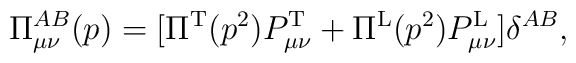
\Pi^{AB}_{\mu\nu}(p) =    [\Pi^{\rm T}(p^2) P^{\rm T}_{\mu\nu}  +  \Pi^{\rm L}(p^2) P^{\rm L}_{\mu\nu} ] \delta^{AB} ,